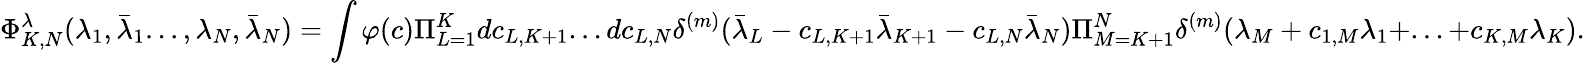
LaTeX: \Phi_{K,N}^{\lambda}(\lambda_{1},\bar{\lambda}_{1}...,\lambda_{N},\bar{\lambda}_{N})=\int\varphi(c)\Pi_{L=1}^{K}dc_{L,K+1}...dc_{L,N}\delta^{(m)}(\bar{\lambda}_{L}-c_{L,K+1}\bar{\lambda}_{K+1}-c_{L,N}\bar{\lambda}_{N})\Pi_{M=K+1}^{N}\delta^{(m)}(\lambda_{M}+c_{1,M}\lambda_{1}+...+c_{K,M}\lambda_{K}).